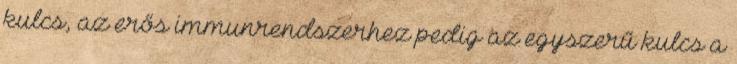
kulcs, az erős immunrendszerhez pedig az egyszerű kulcs a